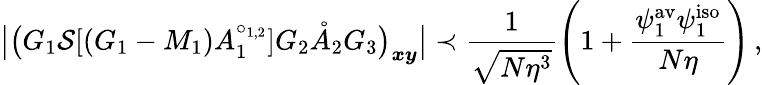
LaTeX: \big\vert\big(G_{1}\mathcal{S}[(G_{1}-M_{1})A_{1}^{\circ_{1,2}}]G_{2}\mathring{A}_{2}G_{3}\big)_{\boldsymbol{x}\boldsymbol{y}}\big\vert\prec\frac{1}{\sqrt{N\eta^{3}}}\left(1+\frac{\psi_{1}^{\mathrm{av}}\psi_{1}^{\mathrm{iso}}}{N\eta}\right)\, ,